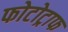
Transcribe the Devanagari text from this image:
फोटोट्राफ